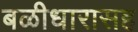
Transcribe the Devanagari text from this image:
बळीधारासह